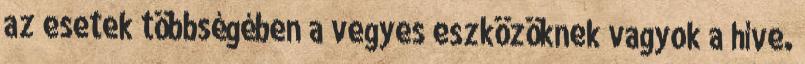
az esetek többségében a vegyes eszközöknek vagyok a híve.